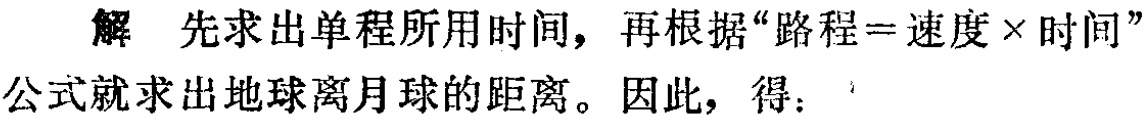
解 先求出单程所用时间，再根据“路程=速度×时间”公式就求出地球离月球的距离。因此，得：